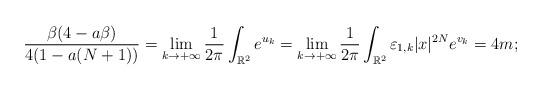
LaTeX: \begin{align*}\frac{\beta(4-a\beta)}{4(1-a(N+1))}=\lim_{k\to+\infty}\frac{1}{2\pi}\int_{\mathbb{R}^2}e^{u_k}= \lim_{k\to+\infty}\frac{1}{2\pi}\int_{\mathbb{R}^2}\varepsilon_{1,k}\vert x \vert^{2N} e^{v_k}=4m; \end{align*}